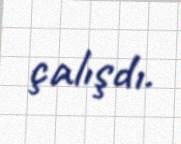
çalışdı.